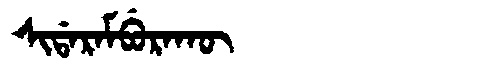
Manchu: ᠰᡳᡩᠠᡵᠠᠮᠪᡠᡵᠠᡴᡡ
Romanization: SIDARAMBURAKŪ